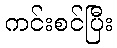
ကင်းစင်ပြီး